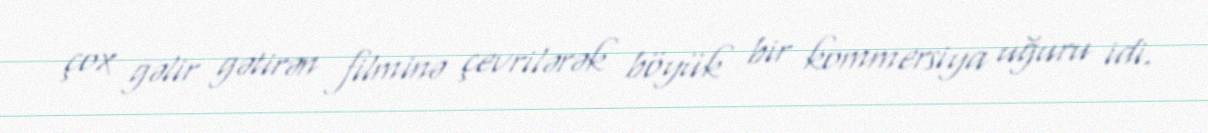
çox gəlir gətirən filminə çevrilərək böyük bir kommersiya uğuru idi.